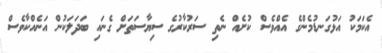
އެކަމަކު އަޅުގަނޑުމެންގެ އެއްވެސް ކުށެއް ނެތި ސަރުކާރުގެ ސިޔާސަތަށް ގެނައި ބަދަލަކުން އަނެއްކާވެސް